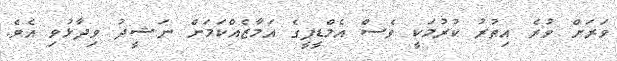
ވަރަށް ވުރެ އިތުރު ކުރުމަކީ ވެސް އެމްޑީޕީގެ އަމާޒެއްކަމަށް ނަޝީދު ވިދާޅުވި އެވެ.